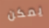
يمكن